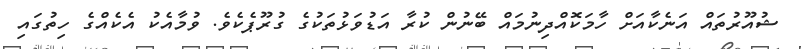
ޝުއޫރުތައް އަނެކާއަށް ހާމަކޮއްދިނުމައް ބޭނުން ކުރާ އަޑުވަޅުތަކުގެ ގުރޫޕެކެވެ. ވުމާއެކު އެކެއްގެ ހިތުގައި